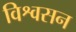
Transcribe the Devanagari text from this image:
विश्वसन